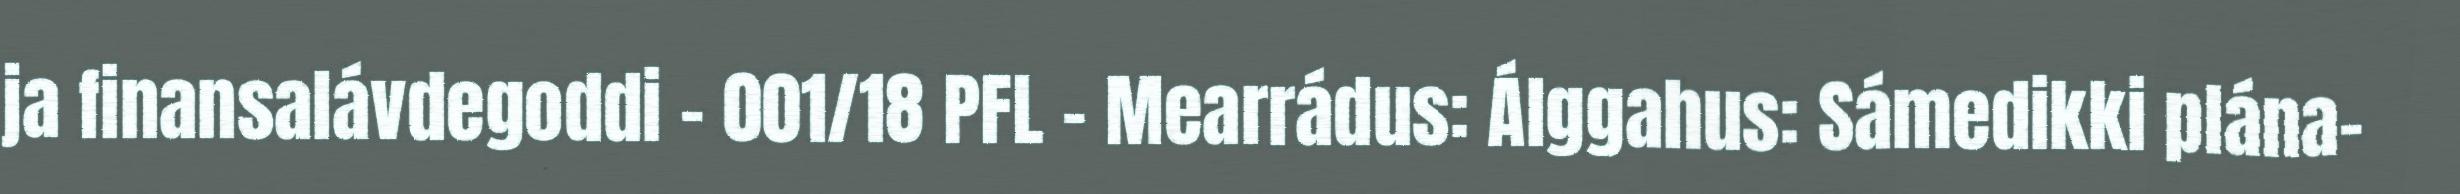
ja finansalávdegoddi - 001/18 PFL - Mearrádus: Álggahus: Sámedikki plána-